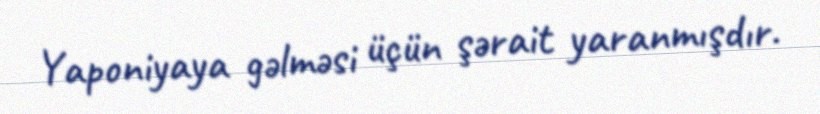
Yaponiyaya gəlməsi üçün şərait yaranmışdır.